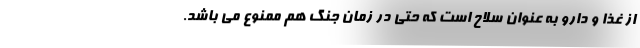
از غذا و دارو به عنوان سلاح است که حتی در زمان جنگ هم ممنوع می باشد.